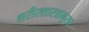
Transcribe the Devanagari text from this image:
शरीरशास्त्रानुसर